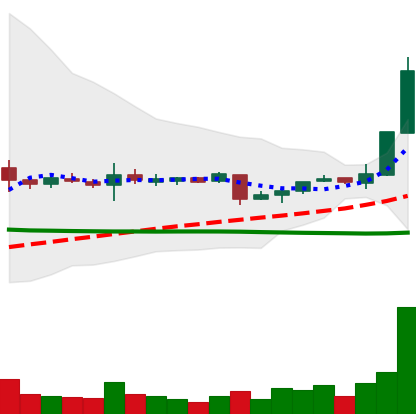
Ticker: XRP-USD
Chart end date: 2018-11-06
Forward return: -7.862%
Label: down_7plus